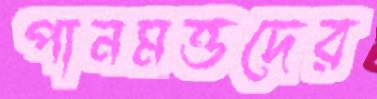
পানমত্তদের